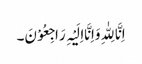
اِنَّا لِلّٰہِ وَاِنَّااِلَیْہِ رَاجِعُوْنَ۔